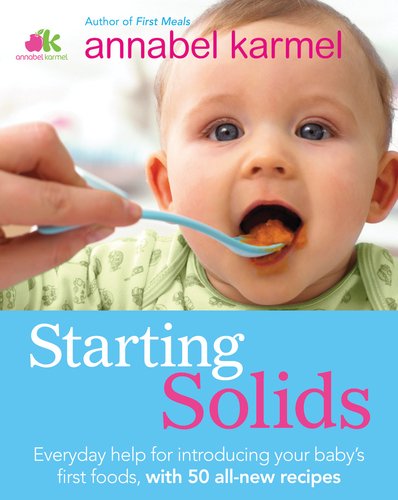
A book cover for Starting Solids: The essential guide to your baby's first foods; Annabel Karmel; Cookbooks, Food & Wine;